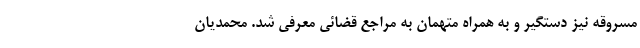
مسروقه نیز دستگیر و به همراه متهمان به مراجع قضائی معرفی شد. محمدیان